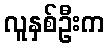
လူနှစ်ဦးက